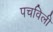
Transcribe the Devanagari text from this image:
पचविली